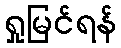
ရှုမြင်ရန်